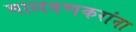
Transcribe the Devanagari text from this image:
मालवणकरांना